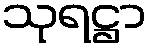
သုရဋ္ဌာ